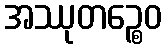
အဿုတဉ္စေဝ